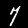
Digit: 7